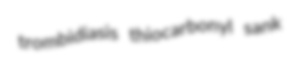
trombidiasis thiocarbonyl sank